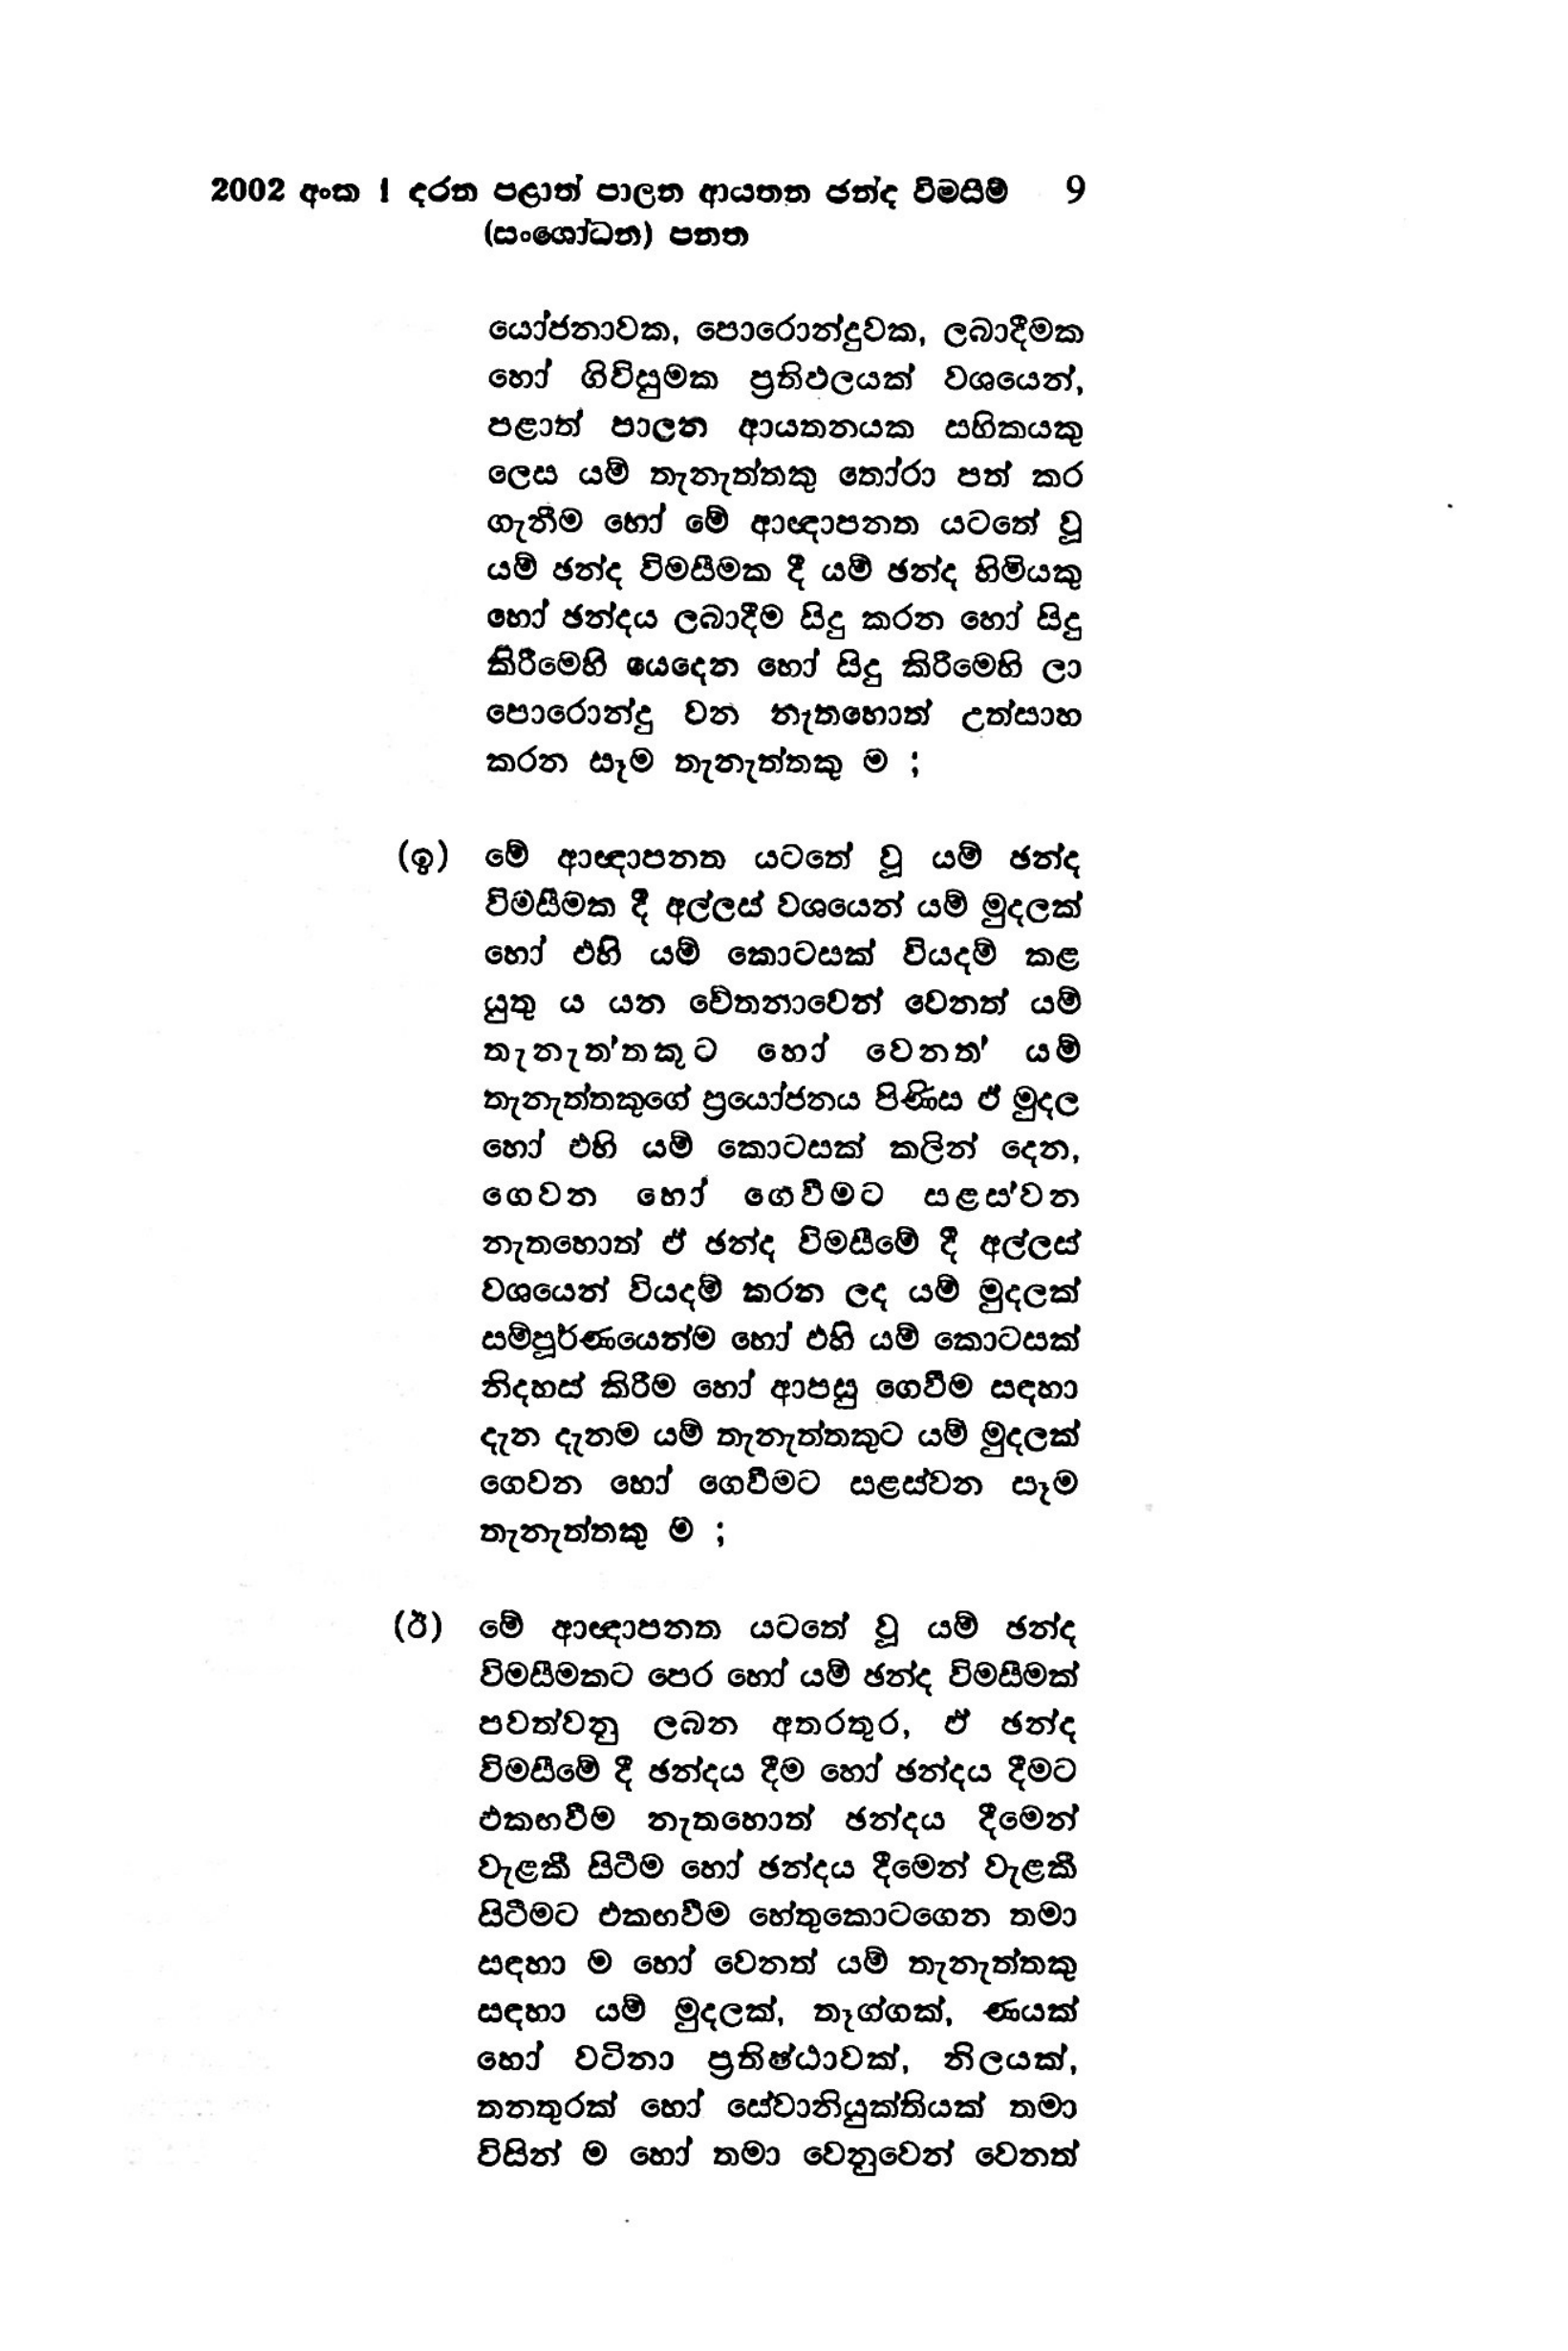
2002 අංක 1 දරන පළාත් පාලන ආයතන ඡන්ද විමසීම් 9
(සංශෝධන) පනත

යෝජනාවක, පොරොන්දුවක, ලබාදීමක
හෝ ගිවිසුමක ප්‍රතිඵලයක් වශයෙන්,
පළාත් පාලන ආයතනයක සහිකයකු
ලෙස යම් තැනැත්තකු තෝරා පත් කර
ගැනීම හෝ මේ ආඥාපනත යටතේ වූ
යම් ඡන්ද විමසීමක දී යම් ඡන්ද හිමියකු
හෝ ඡන්දය ලබාදීම සිදු කරන හෝ සිදු
කිරීමෙහි යෙදෙන හෝ සිදු කිරීමෙහි ලා
පොරොන්දු වන නැතහොත් උත්සාහ
කරන සෑම තැනැත්තකු ම ;

(ඉ) මේ ආඥාපනත යටතේ වූ යම් ඡන්ද
විමසීමක දී අල්ලස් වශයෙන් යම් මුදලක්
හෝ එහි යම් කොටසක් වියදම් කළ
යුතු ය යන චේතනාවෙන් වෙනත් යම්
තැනැතතකූට හෝ වෙනත් යම්
තැනැත්තකුගේ ප්‍රයෝජනය පිණිස ඒ මුදල
හෝ එහි යම් කොටසක් කලින් දෙන,
ගෙවන හෝ ගෙවීමට සළස්වන
නැතහොත් ඒ ඡන්ද විමසීමේ දී අල්ලස්
වශයෙන් වියදම් කරන ලද යම් මුදලක්
සම්පූර්ණයෙන්ම හෝ එහි යම් කොටසක්
නිදහස් කිරීම හෝ ආපසු ගෙවීම සඳහා
දැන දැනම යම් තැනැත්තකුට යම් මුදලක්
ගෙවන හෝ ගෙවීමට සළස්වන සෑම
තැනැත්තකු ම ;

(ඊ) මේ ආඥාපනත යටතේ වූ යම් ඡන්ද
විමසීමකට පෙර හෝ යම් ඡන්ද විමසීමක්
පවත්වනු ලබන අතරතුර, ඵ් ඡන්ද
විමසීමේ දී ඡන්දය දීම හෝ ඡන්දය දීමට
එකඟවීම නැතහොත් ඡන්දය දීමෙන්
වැළකී සිටීම හෝ ඡන්දය දීමෙන් වැළකී
සිටීමට එකඟවීම හේතුකොටගෙන තමා
සඳහා ම හෝ වෙනත් යම් තැනැත්තකු
සඳහා යම් මුදලක්, තෑග්ගක්, ණයක්
හෝ වටිනා ප්‍රතිෂ්ඨාවක්, නිලයක්,
තනතුරක් හෝ සේවානියුක්තියක් තමා
විසින් ම හෝ තමා වෙනුවෙන් වෙනත්